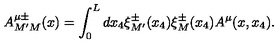
A _ { M ^ { \prime } M } ^ { \mu \pm } ( x ) = \int _ { 0 } ^ { L } d x _ { 4 } \xi _ { M ^ { \prime } } ^ { \pm } ( x _ { 4 } ) \xi _ { M } ^ { \pm } ( x _ { 4 } ) A ^ { \mu } ( x , x _ { 4 } ) .